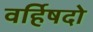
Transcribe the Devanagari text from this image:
वर्हिषदो